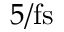
5 / \mathrm { f s }